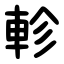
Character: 軫